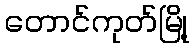
တောင်ကုတ်မြို့